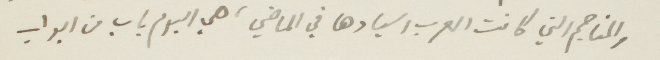
والمناجم التي كانت العرب اسيادها في الماضي، هي البوم باب من بواب